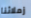
زملائنا